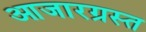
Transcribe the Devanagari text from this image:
आजारग्रस्त